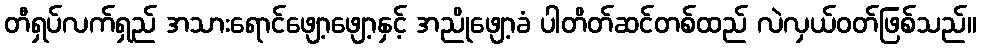
တီရှပ်လက်ရှည် အသားရောင်ဖျော့ဖျော့နှင့် အညိုဖျော့ခံ ပါတိတ်ဆင်တစ်ထည် လဲလှယ်ဝတ်ဖြစ်သည်။